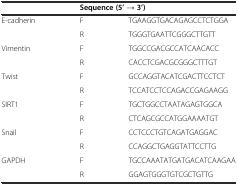
|  | <COLSPAN=2> Sequence (5’ → 3’) |
 | --- | --- | --- |
 | <ROWSPAN=2> E-cadherin | F | TGAAGGTGACAGAGCCTCTGGA |
 | R | TGGGTGAATTCGGGCTTGTT |
 | <ROWSPAN=2> Vimentin | F | TGGCCGACGCCATCAACACC |
 | R | CACCTCGACGCGGGCTTTGT |
 | <ROWSPAN=2> Twist | F | GCCAGGTACATCGACTTCCTCT |
 | R | TCCATCCTCCAGACCGAGAAGG |
 | <ROWSPAN=2> SIRT1 | F | TGCTGGCCTAATAGAGTGGCA |
 | R | CTCAGCGCCATGGAAAATGT |
 | <ROWSPAN=2> Snail | F | CCTCCCTGTCAGATGAGGAC |
 | R | CCAGGCTGAGGTATTCCTTG |
 | <ROWSPAN=2> GAPDH | F | TGCCAAATATGATGACATCAAGAA |
 | R | GGAGTGGGTGTCGCTGTTG |